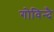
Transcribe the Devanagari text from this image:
गोविन्दै